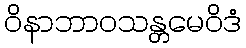
ဝိနာဘာဝသန္တမေဝိဒံ